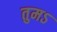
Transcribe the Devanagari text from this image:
तुमऽ